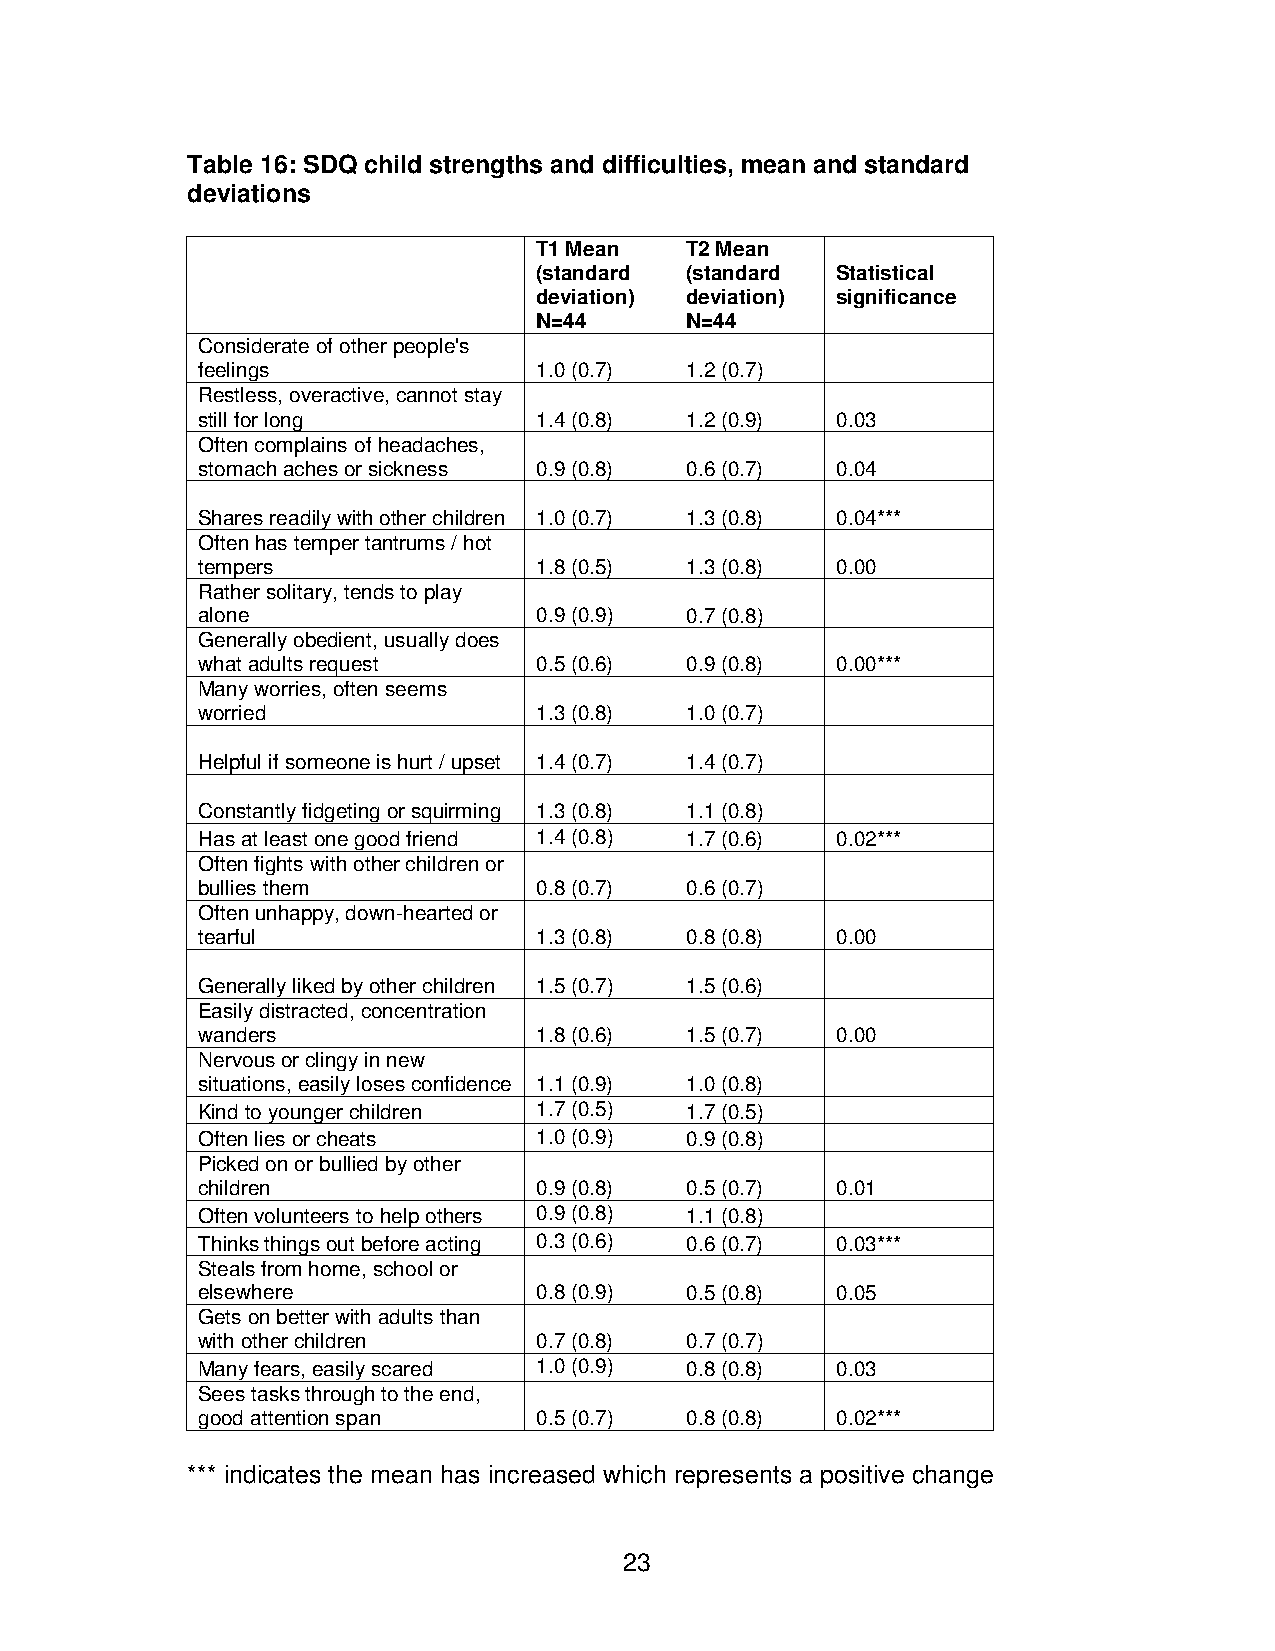
Table 16: SDQ child strengths and difficulties, mean and standard
 deviations
 T1 Mean  T2 Mean
 (standard (standard Statistical
 deviation) deviation) significance
 N=44     N=44
 Considerate of other people's
 feelings               1.0 (0.7) 1.2 (0.7)
 Restless, overactive, cannot stay
 still for long         1.4 (0.8) 1.2 (0.9) 0.03
 Often complains of headaches,
 stomach aches or sickness 0.9 (0.8) 0.6 (0.7) 0.04
 Shares readily with other children 1.0 (0.7) 1.3 (0.8) 0.04***
 Often has temper tantrums / hot
 tempers                1.8 (0.5) 1.3 (0.8) 0.00
 Rather solitary, tends to play
 alone                  0.9 (0.9) 0.7 (0.8)
 Generally obedient, usually does
 what adults request    0.5 (0.6) 0.9 (0.8) 0.00***
 Many worries, often seems
 worried                1.3 (0.8) 1.0 (0.7)
 Helpful if someone is hurt / upset 1.4 (0.7) 1.4 (0.7)
 Constantly fidgeting or squirming 1.3 (0.8) 1.1 (0.8)
 Has at least one good friend 1.4 (0.8) 1.7 (0.6) 0.02***
 Often fights with other children or
 bullies them           0.8 (0.7) 0.6 (0.7)
 Often unhappy, down-hearted or
 tearful                1.3 (0.8) 0.8 (0.8) 0.00
 Generally liked by other children 1.5 (0.7) 1.5 (0.6)
 Easily distracted, concentration
 wanders                1.8 (0.6) 1.5 (0.7) 0.00
 Nervous or clingy in new
 situations, easily loses confidence 1.1 (0.9) 1.0 (0.8)
 Kind to younger children 1.7 (0.5) 1.7 (0.5)
 Often lies or cheats   1.0 (0.9) 0.9 (0.8)
 Picked on or bullied by other
 children               0.9 (0.8) 0.5 (0.7) 0.01
 Often volunteers to help others 0.9 (0.8) 1.1 (0.8)
 Thinks things out before acting 0.3 (0.6) 0.6 (0.7) 0.03***
 Steals from home, school or
 elsewhere              0.8 (0.9) 0.5 (0.8) 0.05
 Gets on better with adults than
 with other children    0.7 (0.8) 0.7 (0.7)
 Many fears, easily scared 1.0 (0.9) 0.8 (0.8) 0.03
 Sees tasks through to the end,
 good attention span    0.5 (0.7) 0.8 (0.8) 0.02***
 *** indicates the mean has increased which represents a positive change
 23